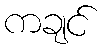
ကချင်